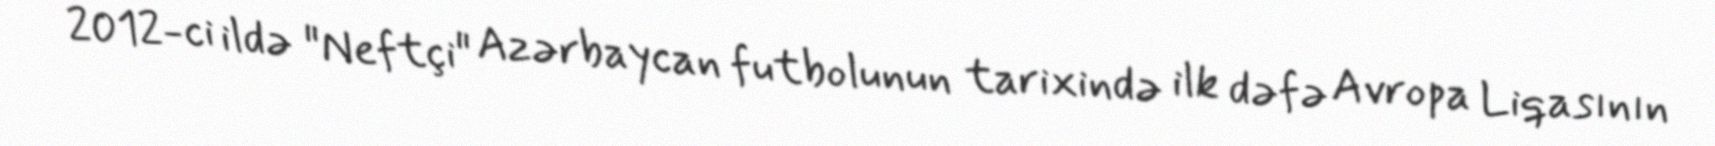
2012-ci ildə "Neftçi" Azərbaycan futbolunun tarixində ilk dəfə Avropa Liqasının